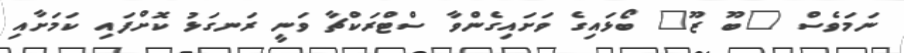
ނަމަވެސް "ބޫ ޒޫ" ބޯޅައިގެ ވަށައިގެންވާ ސްޓްރަކްޗާ ވަނީ ރަނގަޅު ކޮށްފައި ކަމަށާއި